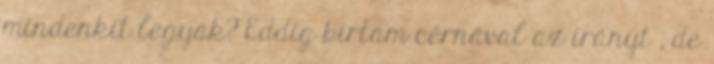
mindenkit legyak? Eddig bírtam cérnával az irányt , de